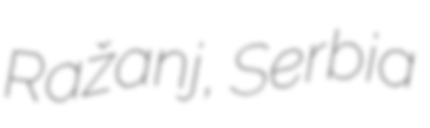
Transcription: Ražanj, Serbia